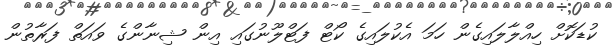
ކުޑަކޮށް ހިއްލާލައިގެން ހަމަ އެކުލައިގެ ކޯޓް ފަޓްލޫނުގައި އިން ޝިނާންގެ ވައަތް ފަރާތުން